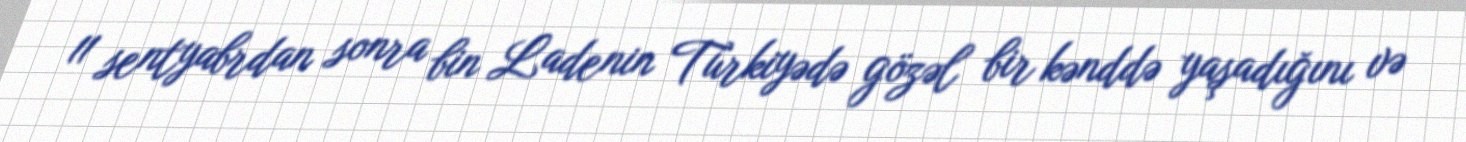
11 sentyabrdan sonra bin Ladenin Türkiyədə gözəl bir kənddə yaşadığını və